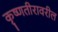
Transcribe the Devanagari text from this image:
कृष्णतीरावरील